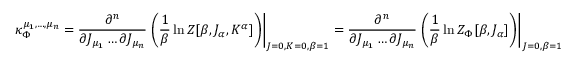
\kappa _ { \Phi } ^ { \mu _ { 1 } , \hdots , \mu _ { n } } = \frac { \partial ^ { n } } { \partial J _ { \mu _ { 1 } } \hdots \partial J _ { \mu _ { n } } } \left. \left( \frac { 1 } { \beta } \ln Z [ \beta , J _ { \alpha } , K ^ { \alpha } ] \right) \right| _ { J = 0 , K = 0 , \beta = 1 } = \frac { \partial ^ { n } } { \partial J _ { \mu _ { 1 } } \hdots \partial J _ { \mu _ { n } } } \left. \left( \frac { 1 } { \beta } \ln Z _ { \Phi } [ \beta , J _ { \alpha } ] \right) \right| _ { J = 0 , \beta = 1 }